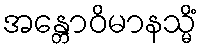
အန္တောဝိမာနသ္မိံ